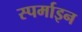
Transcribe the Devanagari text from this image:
स्पर्माइन